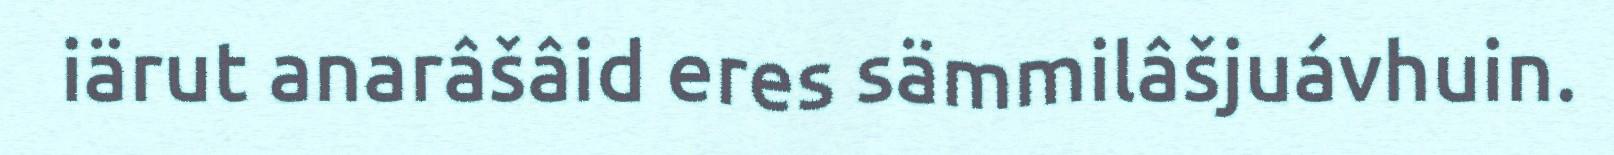
iärut anarâšâid eres sämmilâšjuávhuin.